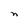
Character: n